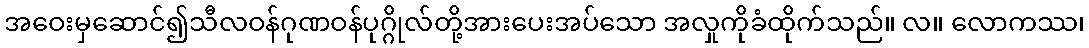
အဝေးမှဆောင်၍သီလဝန်ဂုဏဝန်ပုဂ္ဂိုလ်တို့အားပေးအပ်သော အလှုကိုခံထိုက်သည်။ လ။ လောကဿ၊